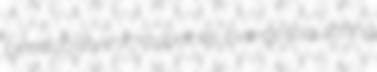
bendability microspecies overgesticulating